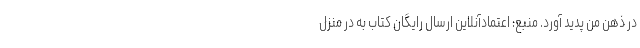
در ذهن من پدید آورد. منبع: اعتمادآنلاین ارسال رایگان کتاب به در منزل